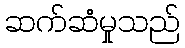
ဆက်ဆံမှုသည်